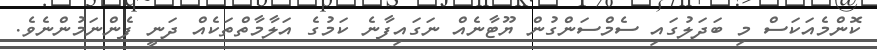
ކޮންމެއަކަސް މި ބަދަލުގައި ސެމްސަންގުން ޔޫޓާނެއް ނަގައިފާނެ ކަމުގެ އަލާމާތްތަކެއް ދަނީ ފެންނަމުންނެވެ.